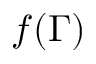
f ( \Gamma )